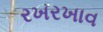
રખરખાવ